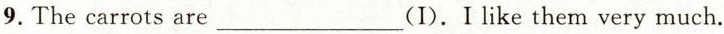
9. The carrots are___(I).I like them very much.